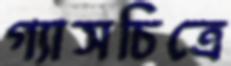
গ্যাসচিত্রে